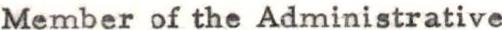
Member of the Administrative